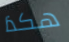
هكذا